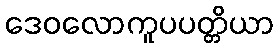
ဒေဝလောကူပပတ္တိယာ